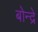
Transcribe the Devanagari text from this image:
बोन्द्रे